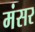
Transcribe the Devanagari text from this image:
मंसर